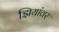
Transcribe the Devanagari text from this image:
झियांवर